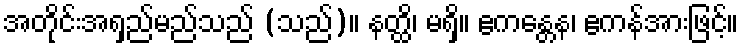
အတိုင်းအရှည်မည်သည် (သည်)။ နတ္ထိ၊ မရှိ။ ဧကန္တေန၊ ဧကန်အားဖြင့်။